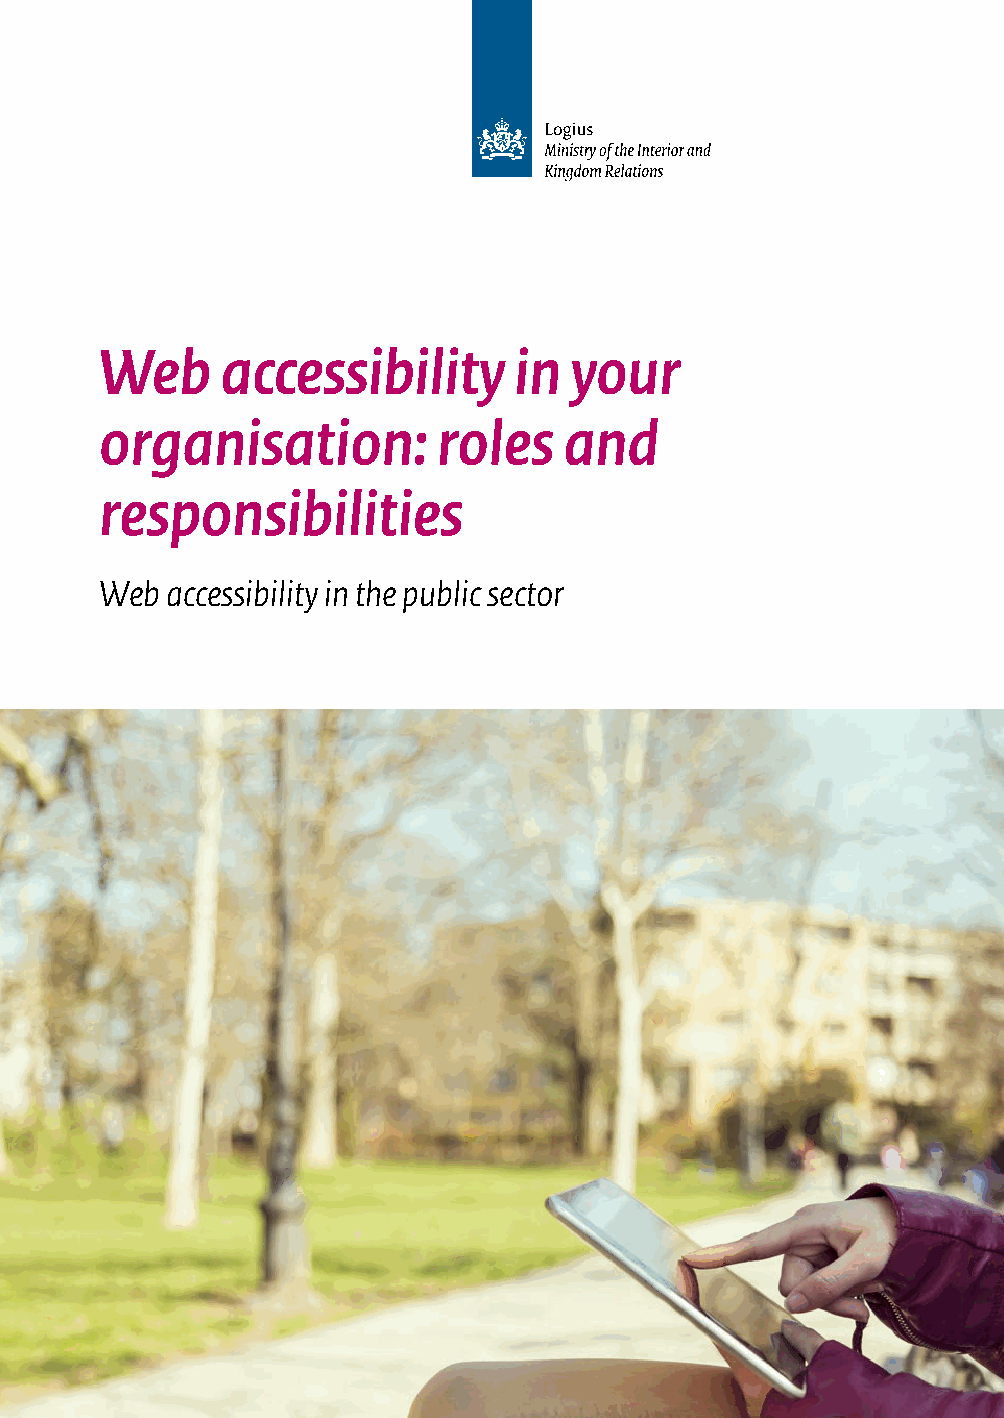
Web     accessibility      in  your
 organisation:         roles   and
 responsibilities
 Web accessibility in the public sector